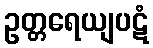
ဥတ္တရေယျပဋံ